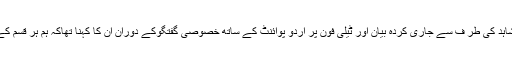
طالبان ترجمان شاہد اللہ شاہد کی طر ف سے جاری کردہ بیان اور ٹیلی فون پر اُردو پوائنٹ کے ساتھ خصوصی گفتگوکے دوران ان کا کہنا تھاکہ ہم ہر قسم کے حالات کیلئے تیار ہیں۔